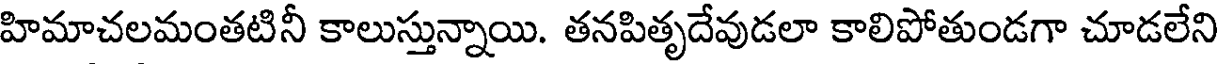
హిమాచలమంతటినీ కాలుస్తున్నాయి. తనపితృదేవుడలా కాలిపోతుండగా చూడలేని